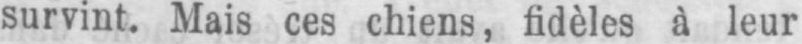
survint. Mais ces chiens, fidèles à leur